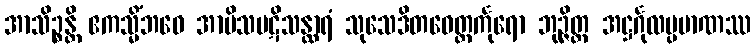
အာသိဉ္စန္တိ ဧကသ္မိံဘဝေ အာမိသပဋိသန္ထာရံ သုသေဒိတဝေတ္တင်္ကုရော ဘုဉ္ဇိတ္ထ အဋ္ဌင်္ဂုလပ္ပမာဏဿ